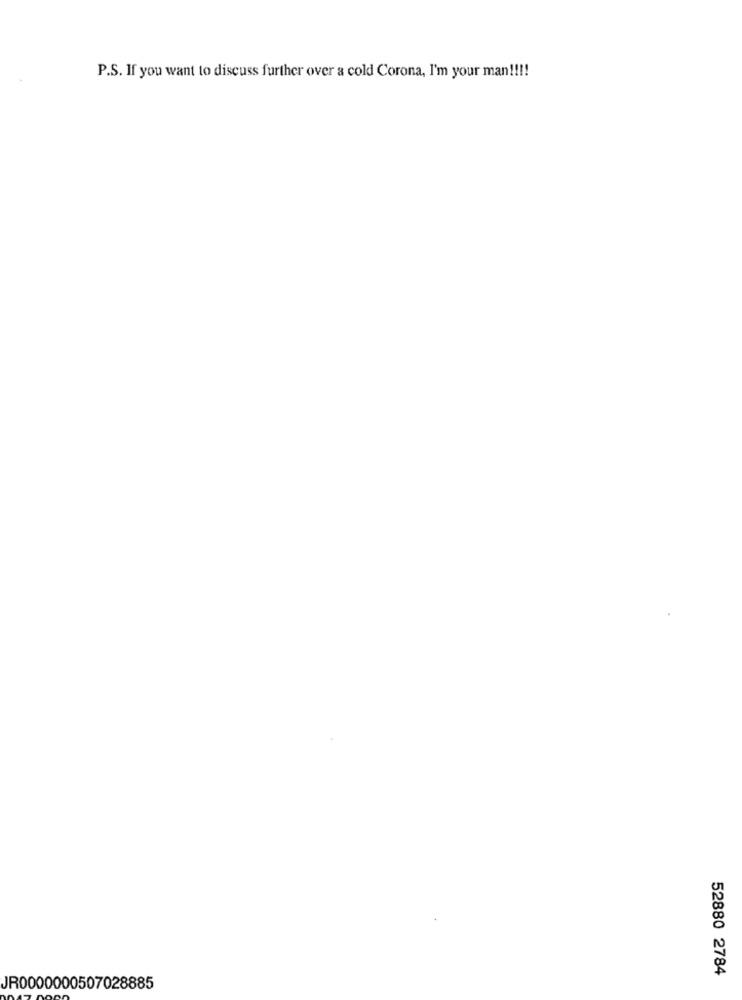
P.S. If you want to discuss further over a cold Corona, I'm your man !!!!
52880 2784
JR0000000507028885